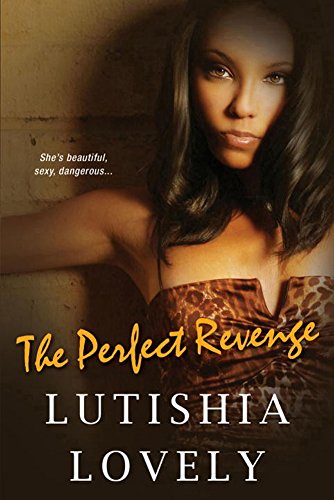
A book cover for The Perfect Revenge (The Shady Sisters Trilogy); Lutishia Lovely; Literature & Fiction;